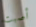
أصبت